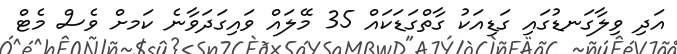
އަދި ވިލާގަނޑުގައި ގަޑިއަކު ގާތްގަޑަކައް 35 މޭލައް ވައިގަދަވާނެ ކަަމށް ވެސް މެޓް